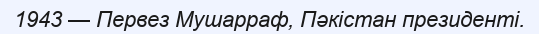
1943 — Первез Мушарраф, Пәкістан президенті.